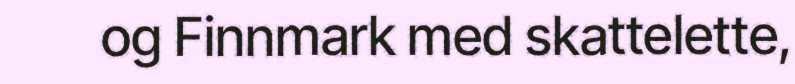
og Finnmark med skattelette,